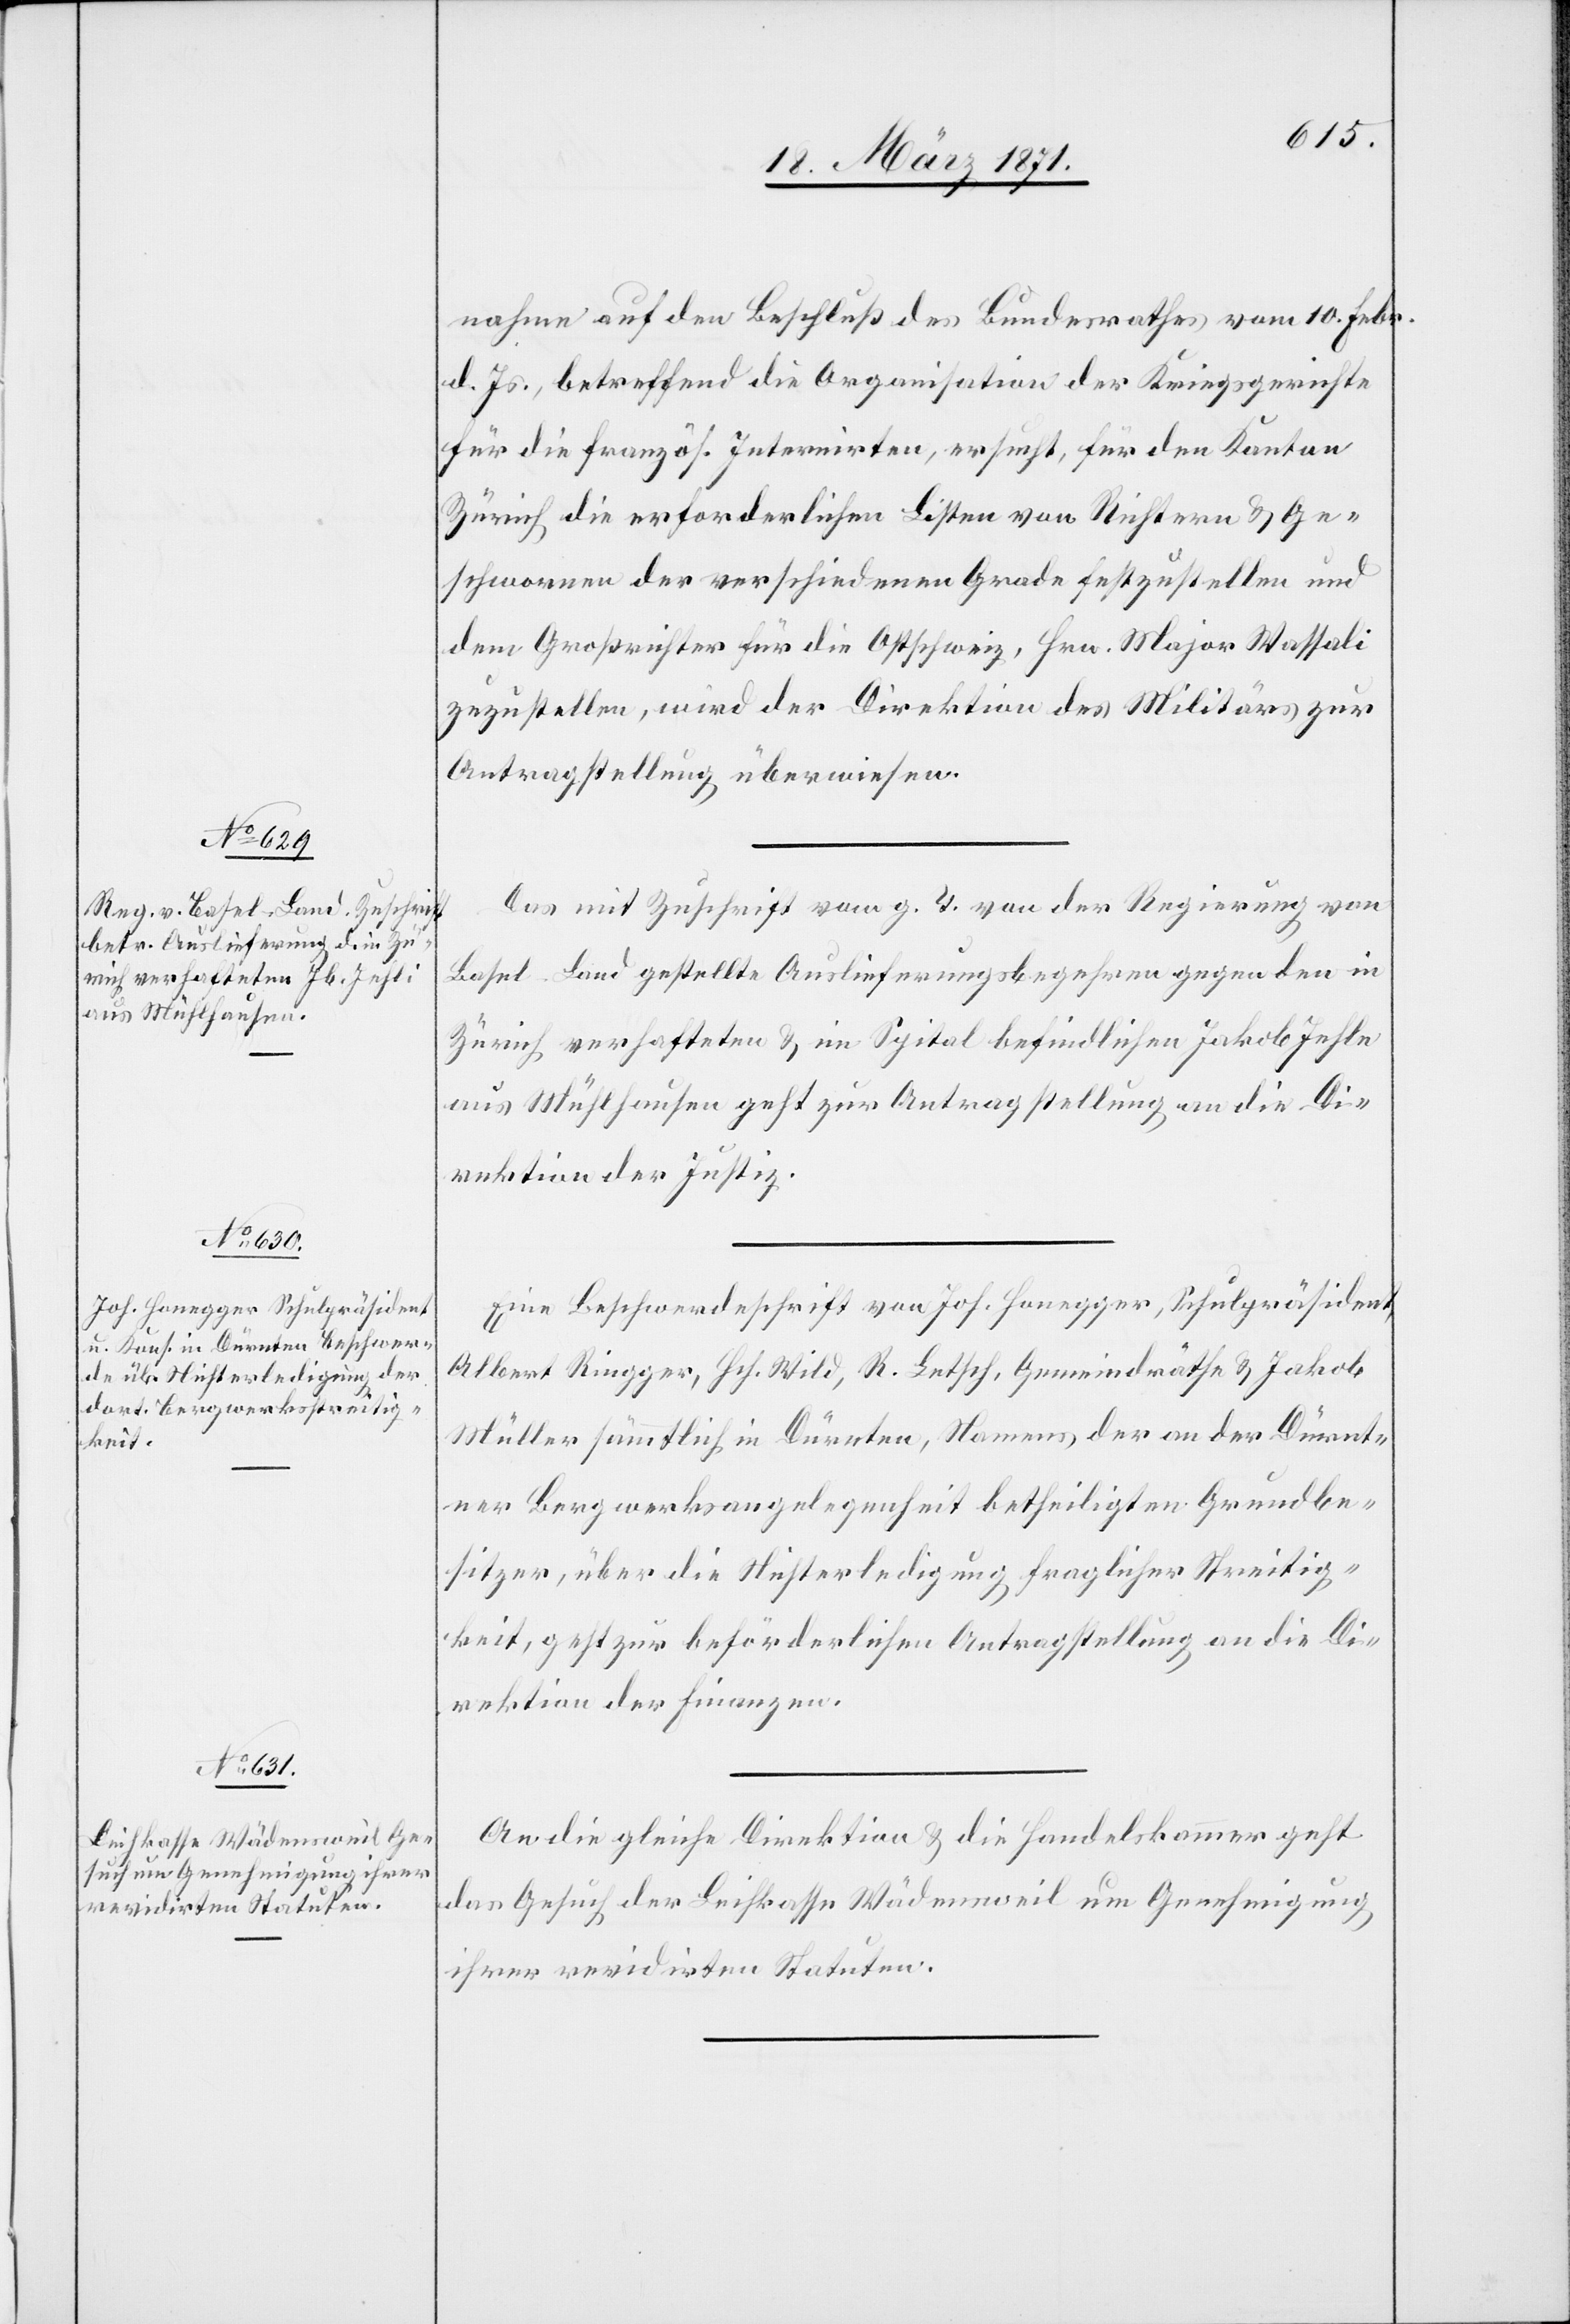
22. März 1871.]
nahme auf den Beschluß des Bundesrathes vom 10. Febr.
d. Js., betreffend die Organisation der Kriegsgerichte
für die französ. Internirten, ersucht, für den Kanton
Zürich die erforderlichen Listen von Richtern u. Ge¬
schworene der verschiedenen Grade festzustellen und
dem Großrichter für die Ostschweiz, Hrn. Major Wassali
zuzustellen, wird der Direktion des Militärs zur
Antragstellung überwiesen.
Das mit Zuschrift vom g. T. von der Regierung von
Basel Land gestellte Auslieferungsbegehren gegen den in
Zürich verhafteten u. im Spital befindlichen Jakob Jehle
aus Mühlhausen geht zur Antragstellung an die Di¬
rektion der Justiz.
Eine Beschwerdeschrift von Joh. Honegger, Schulpräsident,
Albert Ringger, Hch. Wild, R. Letsch, Gemeindräthe u. Jakob
Müller sämtlich in Dürnten, Namens der an der Dürnt¬
ner Bergwerksangelegenheit betheiligten Grundbe¬
sitzer, über die Nichterledigung fraglicher Streitig¬
keit, geht zur beförderlichen Antragstellung an die Di¬
rektion der Finanzen.
An die gleiche Direktion u. die Handelskammer geht
das Gesuch der Leihkasse Wädensweil um Genehmigung
ihrer revidirten Statuten.